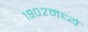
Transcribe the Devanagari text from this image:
१९०२मध्ये